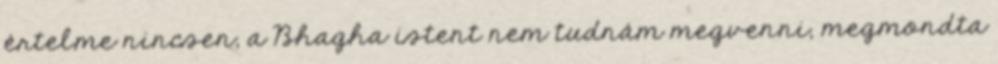
értelme nincsen, a Bhagha istent nem tudnám megvenni, megmondta